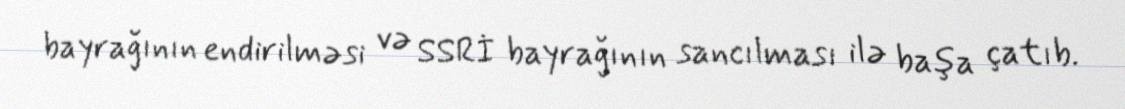
bayrağının endirilməsi və SSRİ bayrağının sancılması ilə başa çatıb.